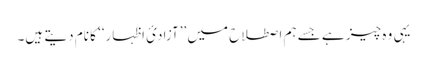
یہی وہ چیز ہے جسے ہم اصطلاح میں ’’آزادئ اظہار‘‘ کا نام دیتے ہیں۔